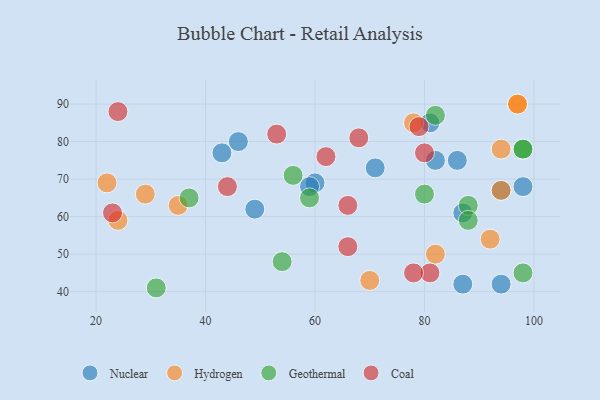
{"axis": {"x": "GDP", "y": "Life Expectancy"}, "legend": ["Coal", "Geothermal", "Hydrogen", "Nuclear"], "data": [{"x": "60", "y": 69, "type": "Nuclear"}, {"x": "98", "y": 68, "type": "Nuclear"}, {"x": "71", "y": 73, "type": "Nuclear"}, {"x": "94", "y": 67, "type": "Nuclear"}, {"x": "87", "y": 42, "type": "Nuclear"}, {"x": "43", "y": 77, "type": "Nuclear"}, {"x": "59", "y": 68, "type": "Nuclear"}, {"x": "86", "y": 75, "type": "Nuclear"}, {"x": "46", "y": 80, "type": "Nuclear"}, {"x": "81", "y": 85, "type": "Nuclear"}, {"x": "82", "y": 75, "type": "Nuclear"}, {"x": "49", "y": 62, "type": "Nuclear"}, {"x": "94", "y": 42, "type": "Nuclear"}, {"x": "87", "y": 61, "type": "Nuclear"}, {"x": "97", "y": 90, "type": "Hydrogen"}, {"x": "22", "y": 69, "type": "Hydrogen"}, {"x": "29", "y": 66, "type": "Hydrogen"}, {"x": "82", "y": 50, "type": "Hydrogen"}, {"x": "92", "y": 54, "type": "Hydrogen"}, {"x": "94", "y": 67, "type": "Hydrogen"}, {"x": "97", "y": 90, "type": "Hydrogen"}, {"x": "78", "y": 85, "type": "Hydrogen"}, {"x": "94", "y": 78, "type": "Hydrogen"}, {"x": "35", "y": 63, "type": "Hydrogen"}, {"x": "24", "y": 59, "type": "Hydrogen"}, {"x": "70", "y": 43, "type": "Hydrogen"}, {"x": "56", "y": 71, "type": "Geothermal"}, {"x": "98", "y": 78, "type": "Geothermal"}, {"x": "88", "y": 63, "type": "Geothermal"}, {"x": "82", "y": 87, "type": "Geothermal"}, {"x": "59", "y": 65, "type": "Geothermal"}, {"x": "88", "y": 59, "type": "Geothermal"}, {"x": "31", "y": 41, "type": "Geothermal"}, {"x": "80", "y": 66, "type": "Geothermal"}, {"x": "54", "y": 48, "type": "Geothermal"}, {"x": "98", "y": 78, "type": "Geothermal"}, {"x": "37", "y": 65, "type": "Geothermal"}, {"x": "98", "y": 45, "type": "Geothermal"}, {"x": "24", "y": 88, "type": "Coal"}, {"x": "81", "y": 45, "type": "Coal"}, {"x": "44", "y": 68, "type": "Coal"}, {"x": "78", "y": 45, "type": "Coal"}, {"x": "23", "y": 61, "type": "Coal"}, {"x": "53", "y": 82, "type": "Coal"}, {"x": "68", "y": 81, "type": "Coal"}, {"x": "80", "y": 77, "type": "Coal"}, {"x": "79", "y": 84, "type": "Coal"}, {"x": "66", "y": 52, "type": "Coal"}, {"x": "66", "y": 63, "type": "Coal"}, {"x": "62", "y": 76, "type": "Coal"}]}